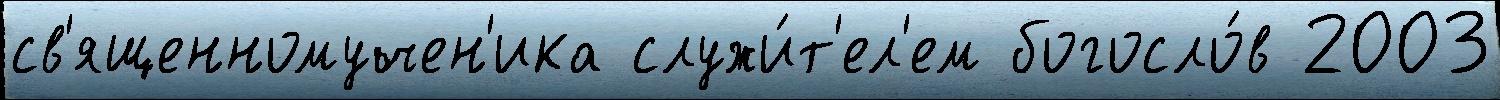
св'ященномучен'ика служи́т'ел'ем богосло́в 2003